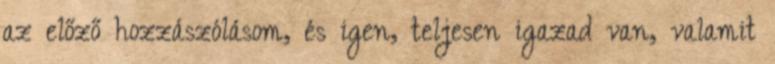
az előző hozzászólásom, és igen, teljesen igazad van, valamit